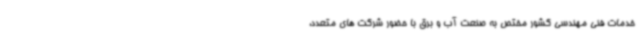
خدمات فنی مهندسی کشور مختص به صنعت آب و برق با حضور شرکت‌ های متعدد،